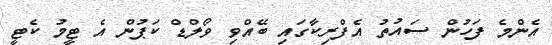
އެންމެ ފަހުން ސައުތު އެފްރިކާގައި ބޭއްވި ވޯލްޑް ކަޕުން އެ ޓީމު ކެޓީ